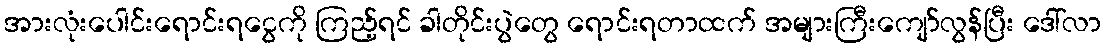
အားလုံးပေါင်းရောင်းရငွေကို ကြည့်ရင် ခါတိုင်းပွဲတွေ ရောင်းရတာထက် အများကြီးကျော်လွန်ပြီး ဒေါ်လာ